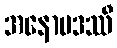
အနောမဒဿီ